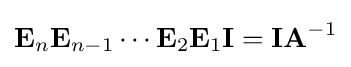
\mathbf {E} _{n}\mathbf {E} _{n-1}\cdots \mathbf {E} _{2}\mathbf {E} _{1}\mathbf {I} =\mathbf {I} \mathbf {A} ^{-1}